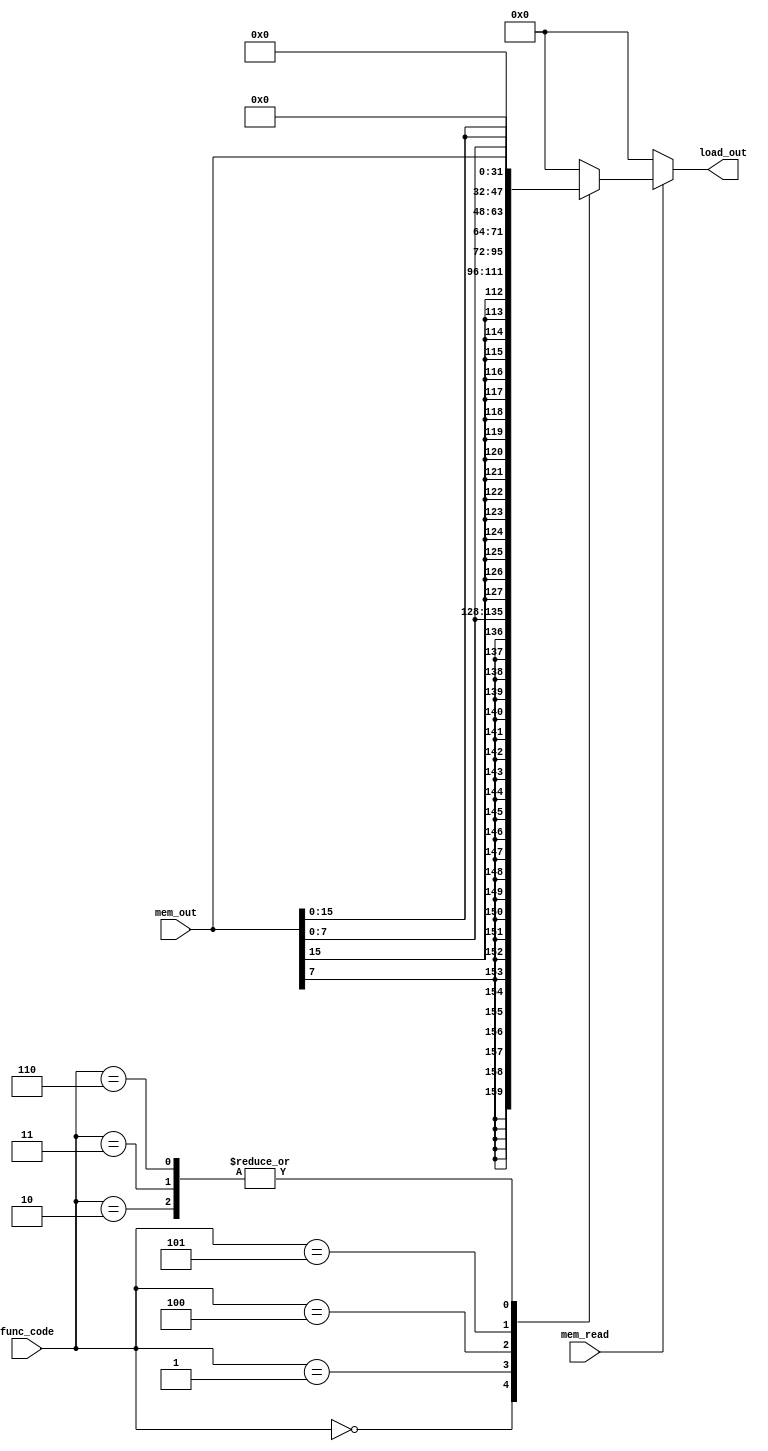
module riscv_load #(
    parameter   WIDTH   = 32
) (
    input      		     	  		mem_read,
    input      		[2:0]   		func_code,
	input			[WIDTH-1:0]     mem_out,
    output  reg   	[WIDTH-1:0]	    load_out
);

	always@(*) begin
		if(mem_read == 'b1)
			case(func_code)
				3'b000 	:load_out = {{56{mem_out[7]}},mem_out[7:0]}		; 
				3'b001	:load_out = {{48{mem_out[15]}},mem_out[15:0]}	;
				3'b010  :load_out = {{32{mem_out[31]}},mem_out[31:0]}	;
				3'b011	:load_out = mem_out								;
				3'b100	:load_out = {56'b0,mem_out[7:0]}				;	
				3'b101	:load_out = {48'b0,mem_out[15:0]}				;
				3'b110 	:load_out = {32'b0,mem_out[31:0]}				;
			default     :load_out = 'b0									;
			endcase
		else
			load_out = 'b0					;
	end
endmodule